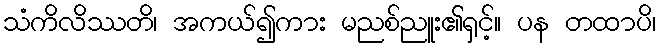
သံကိလိဿတိ၊ အကယ်၍ကား မညစ်ညူး၏ရှင့်။ ပန တထာပိ၊